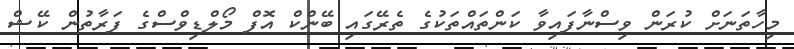
މިހާތަނަށް ކުރަން ވިސްނާފައިވާ ކަންތައްތަކުގެ ތެރޭގައި ބޭންކް އޮފް މޯލްޑިވްސްގެ ފަރާތުން ކޭޝް